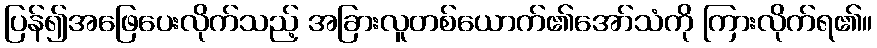
ပြန်၍အဖြေပေးလိုက်သည့် အခြားလူတစ်ယောက်၏အော်သံကို ကြားလိုက်ရ၏။